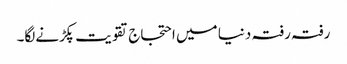
رفتہ رفتہ دنیا میں احتجاج تقویت پکڑنےلگا۔